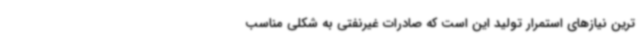
ترین نیازهای استمرار تولید این است که صادرات غیرنفتی به شکلی مناسب